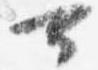
可